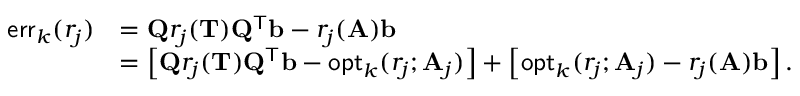
\begin{array} { r l } { \mathsf { e r r } _ { k } ( r _ { j } ) } & { = \mathbf { Q } r _ { j } ( \mathbf { T } ) \mathbf { Q } ^ { \mathsf { T } } \mathbf { b } - r _ { j } ( \mathbf { A } ) \mathbf { b } } \\ & { = \left[ \mathbf { Q } r _ { j } ( \mathbf { T } ) \mathbf { Q } ^ { \mathsf { T } } \mathbf { b } - \mathsf { o p t } _ { k } ( r _ { j } ; \mathbf { A } _ { j } ) \right] + \left[ \mathsf { o p t } _ { k } ( r _ { j } ; \mathbf { A } _ { j } ) - r _ { j } ( \mathbf { A } ) \mathbf { b } \right] . } \end{array}